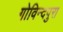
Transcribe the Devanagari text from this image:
गोविन्दपुरा